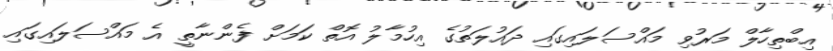
އިބްތިހާލް މަރުވި މައްސަލައިގައި ދައުލަތުގެ އިހުމާލު އޮތް ކަމަށް ފެންނާތީ އެ މައްސަލައިގައި